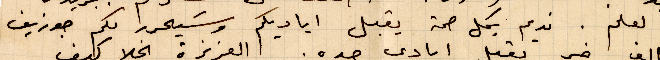
العلم. ندعم بكل صحة اياديكم وسيحرر لكم جوزيف